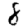
Digit: 8